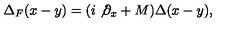
\Delta _ { F } ( x - y ) = ( i \not { \partial } _ { x } + M ) \Delta ( x - y ) ,